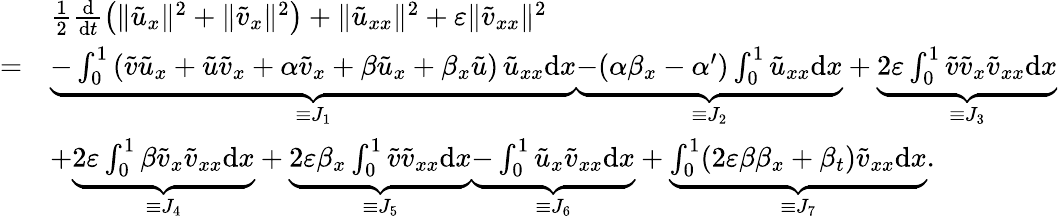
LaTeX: \begin{array}{rl}&{\frac 12\frac{\mathrm{d}}{\mathrm{d}t}\left(\| \tilde{u}_{x}\| ^{2}+\| \tilde{v}_{x}\| ^{2}\right)+\| \tilde{u}_{xx}\| ^{2}+\varepsilon\| \tilde{v}_{xx}\| ^{2}}\\ {=}&{\underbrace{-\int_{0}^{1}\left(\tilde{v}\tilde{u}_{x}+\tilde{u}\tilde{v}_{x}+\alpha\tilde{v}_{x}+\beta\tilde{u}_{x}+\beta_{x}\tilde{u}\right)\, \tilde{u}_{xx}\mathrm{d}x}_{\equiv J_{1}}\underbrace{-(\alpha\beta_{x}-\alpha^{\prime})\int_{0}^{1}\tilde{u}_{xx}\mathrm{d}x}_{\equiv J_{2}}+\underbrace{2\varepsilon\int_{0}^{1}\tilde{v}\tilde{v}_{x}\tilde{v}_{xx}\mathrm{d}x}_{\equiv J_{3}}}\\ &{+\underbrace{2\varepsilon\int_{0}^{1}\beta\tilde{v}_{x}\tilde{v}_{xx}\mathrm{d}x}_{\equiv J_{4}}+\underbrace{2\varepsilon\beta_{x}\int_{0}^{1}\tilde{v}\tilde{v}_{xx}\mathrm{d}x}_{\equiv J_{5}}\underbrace{-\int_{0}^{1}\tilde{u}_{x}\tilde{v}_{xx}\mathrm{d}x}_{\equiv J_{6}}+\underbrace{\int_{0}^{1}(2\varepsilon\beta\beta_{x}+\beta_{t})\tilde{v}_{xx}\mathrm{d}x}_{\equiv J_{7}}.}\end{array}